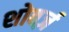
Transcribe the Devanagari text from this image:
शोबर्ज़